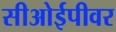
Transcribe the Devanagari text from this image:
सीओईपीवर